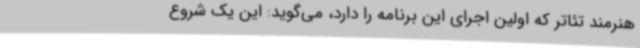
هنرمند تئاتر که اولین اجرای این برنامه را دارد، می‌گوید: این یک شروع